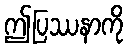
ဤပြဿနာကို